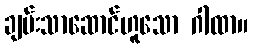
ချမ်းသာဆောင်ဟူသော ဂါထာ။